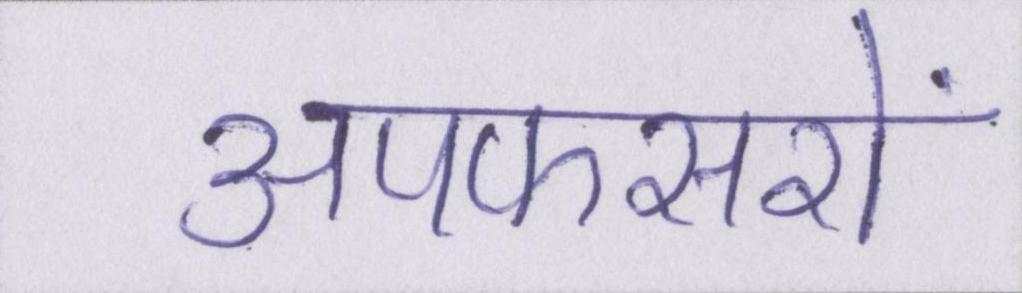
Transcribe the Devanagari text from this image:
अपफसरों